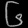
Digit: ၆